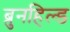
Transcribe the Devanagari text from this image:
ब्रुनहिल्ड